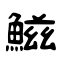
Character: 鰦